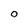
Character: 0